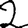
Digit: 2